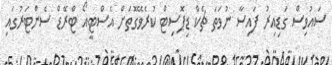
ސައުވިސް ގަޑިއިރު ފައިސާ ނުވަތަ ޗެކް ޑިޕޮސިޓް ކުރެވޭގޮތަށް އެސްޓީއޯ ޓްރޭޑް ސެންޓަރުގައި